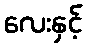
လေးနှင့်